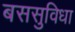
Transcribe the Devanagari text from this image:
बससुविधा